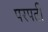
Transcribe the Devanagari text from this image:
परपर्ती